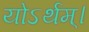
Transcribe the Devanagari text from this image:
योऽर्थम्।